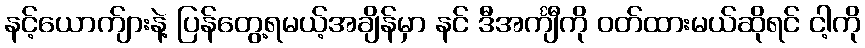
နင့်ယောက်ျားနဲ့ ပြန်တွေ့ရမယ့်အချိန်မှာ နင် ဒီအင်္ကျီကို ဝတ်ထားမယ်ဆိုရင် ငါ့ကို